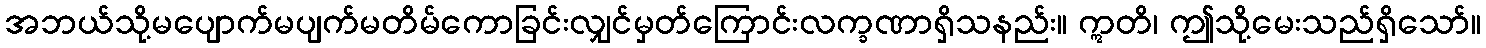
အဘယ်သို့မပျောက်မပျက်မတိမ်ကောခြင်းလျှင်မှတ်ကြောင်းလက္ခဏာရှိသနည်း။ ဣတိ၊ ဤသို့မေးသည်ရှိသော်။